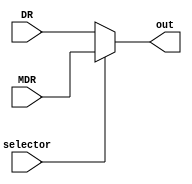
module mux_DR_MDR (
	input [15:0] DR, MDR,
	input selector,
	output [15:0] out
);

assign out = selector ? MDR : DR;

endmodule